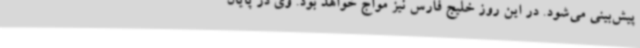
پیش‌بینی می‌شود. در این روز خلیج فارس نیز مواج خواهد بود. وی در پایان